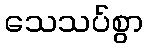
သေသပ်စွာ